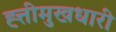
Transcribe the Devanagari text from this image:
ह्त्तीमुखधारी